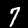
Label: 7